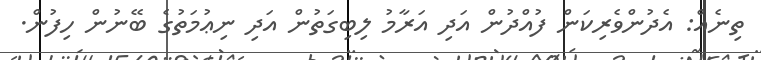
ތިނެއް: އެދުންވެރިކަން ފުއްދުން އަދި އަރާމު ލިބިގަތުން އަދި ނިޢުމަތުގެ ބޭނުން ހިފުން.